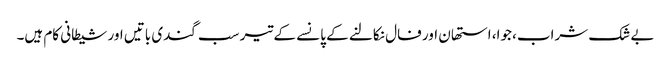
بے شک شراب، جوا، استھان اور فال نکالنے کے پانسے کے تیر سب گندی باتیں اور شیطانی کام ہیں۔